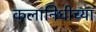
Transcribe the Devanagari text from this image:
कलानिधीच्या